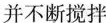
并不断搅拌